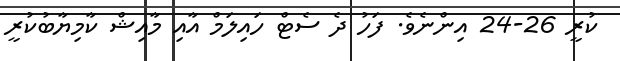
ކުރީ 26-24 އިންނެވެ. ފަހު ދެ ސެޓް ހައިލަމް އާއި މާއިޝް ކާމިޔާބުކުރީ